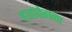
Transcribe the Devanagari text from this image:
हातावेगळा